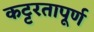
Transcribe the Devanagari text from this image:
कट्टरतापूर्ण